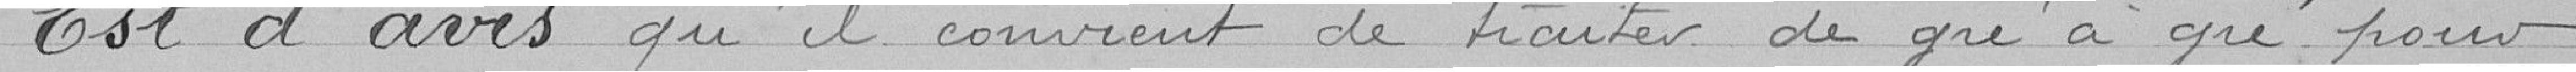
Est d'avis qu'il convient de traiter de gré à qué pour